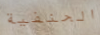
الحنفية